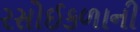
રસોઈકળાની